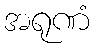
အရုဏံ